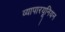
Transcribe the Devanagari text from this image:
व्यापारयूनियन